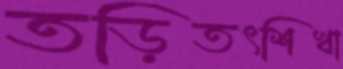
তড়িতৎশিখা